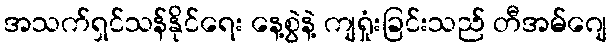
အသက်ရှင်သန်နိုင်ရေး နေ့စွဲနဲ့ ကျရှုံးခြင်းသည် တီအမ်ဂျေ